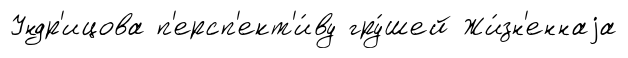
Ундр'ицова п'ерсп'ект'и́ву гру́шей Жи́зн'еннаjа